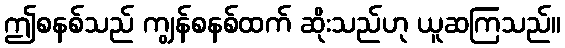
ဤစနစ်သည် ကျွန်စနစ်ထက် ဆိုးသည်ဟု ယူဆကြသည်။